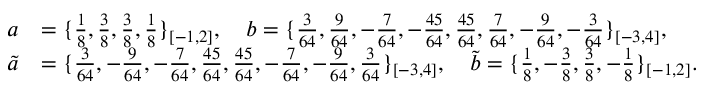
\begin{array} { r l } { a } & { = \{ \frac { 1 } { 8 } , \frac { 3 } { 8 } , \frac { 3 } { 8 } , \frac { 1 } { 8 } \} _ { [ - 1 , 2 ] } , \quad b = \{ \frac { 3 } { 6 4 } , \frac { 9 } { 6 4 } , - \frac { 7 } { 6 4 } , - \frac { 4 5 } { 6 4 } , \frac { 4 5 } { 6 4 } , \frac { 7 } { 6 4 } , - \frac { 9 } { 6 4 } , - \frac { 3 } { 6 4 } \} _ { [ - 3 , 4 ] } , } \\ { \tilde { a } } & { = \{ \frac { 3 } { 6 4 } , - \frac { 9 } { 6 4 } , - \frac { 7 } { 6 4 } , \frac { 4 5 } { 6 4 } , \frac { 4 5 } { 6 4 } , - \frac { 7 } { 6 4 } , - \frac { 9 } { 6 4 } , \frac { 3 } { 6 4 } \} _ { [ - 3 , 4 ] } , \quad \tilde { b } = \{ \frac { 1 } { 8 } , - \frac { 3 } { 8 } , \frac { 3 } { 8 } , - \frac { 1 } { 8 } \} _ { [ - 1 , 2 ] } . } \end{array}